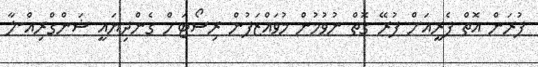
ފުރަން އޮތް ފެރީއަށް ފުރޭ ގޮތް ނުވުމުން މުވައްޒަފުން ރިސޯޓަށް ގެންދިޔައީ ޝަންގްރިއް-ލާ